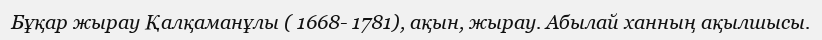
Бұқар жырау Қалқаманұлы ( 1668- 1781), ақын, жырау. Абылай ханның ақылшысы.